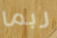
ربما